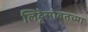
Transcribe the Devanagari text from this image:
लिट्टेसोबतच्या